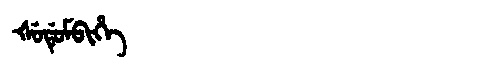
Manchu: ᡧᡠᡩᡠᠮᠪᡳᡥᡝ
Romanization: ŠUDUMBIHE